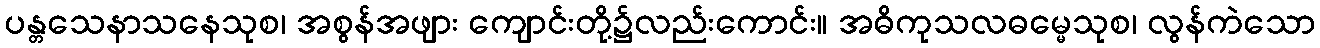
ပန္တသေနာသနေသုစ၊ အစွန်အဖျား ကျောင်းတို့၌လည်းကောင်း။ အဓိကုသလဓမ္မေသုစ၊ လွန်ကဲသော